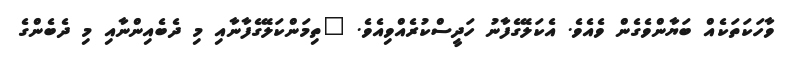
ވާހަކަތަކެއް ބަޔާންވެގެން ވެއެވެ. އެކަލޭގެފާނު ހަދީސްކުރެއްވިއެވެ. "ތިމަންކަލޭގެފާނާއި މި ދެބެއިންނާއި މި ދެބެންގެ